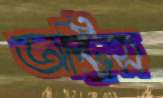
অস্ট্রিস